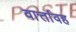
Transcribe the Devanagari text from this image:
वार्त्तावह